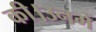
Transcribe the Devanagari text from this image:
की।उनमें